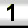
Digit: 1